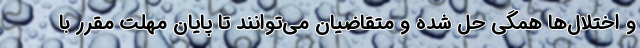
و اختلال‌ها همگی حل شده و متقاضیان می‌توانند تا پایان مهلت مقرر با